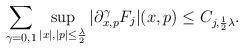
LaTeX: \begin{align*}\sum_{ \gamma =0, 1} \sup_{|x|,|p|\leq \frac{\lambda}{2}}|\partial^{\gamma}_{x,p} F_j|(x,p) \leq C_{j,\frac12\lambda}.\end{align*}